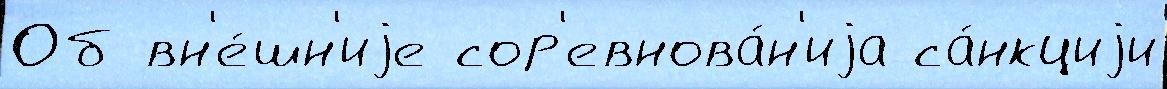
Об вн'е́шн'иjе сор'евнова́н'иjа са́нкциjи